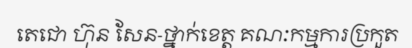
តេជោ ហ៊ុន សែន-ថ្នាក់ខេត្ត គណៈកម្មការប្រកួត